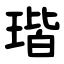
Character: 瑎